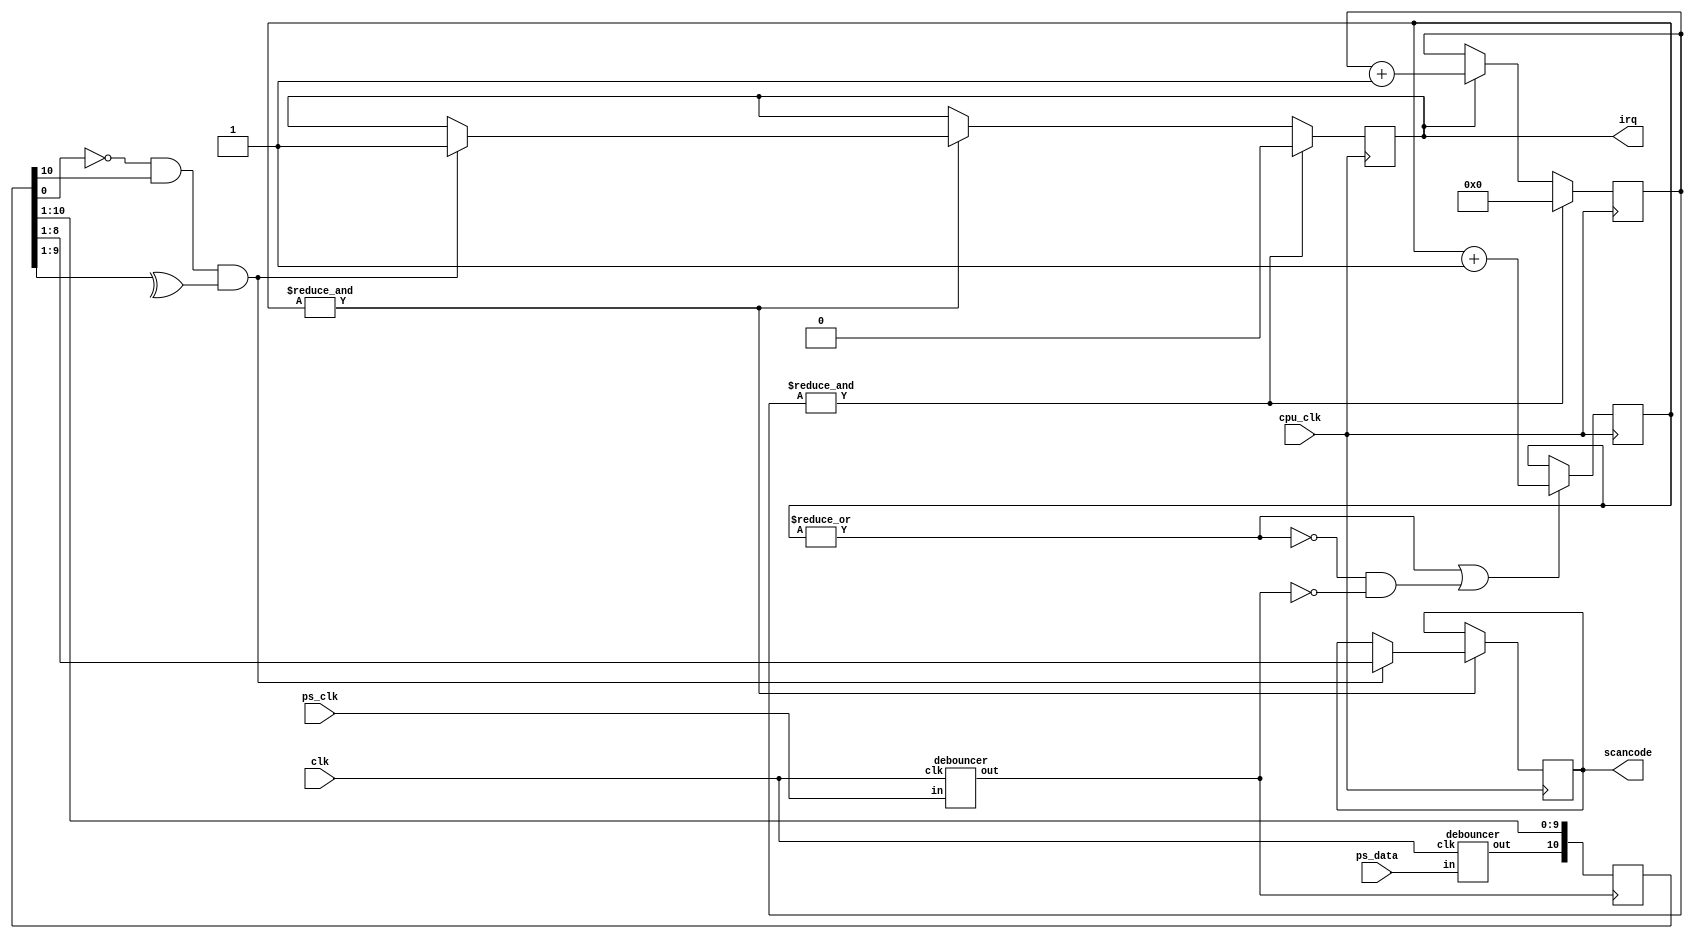
module ps_keyboard (
    input wire ps_clk,
    input wire ps_data,
    output reg [7:0] scancode,
    input wire clk,
    input wire cpu_clk,
    output reg irq
);

initial irq = 1'b0;
initial scancode = 8'hFF;
reg [3:0] bit = 4'b0;
reg [10:0] code_shift;
 
wire db_clk;
wire db_dat;
debouncer clkdb(clk, ps_clk, db_clk);
debouncer datdb(clk, ps_data, db_dat);

always @(negedge db_clk) begin
    code_shift = {db_dat, code_shift[10:1]};
end

wire frame_valid = (~code_shift[0] & code_shift[10] & (^code_shift[9:1]));

// ~800 us -> 20ns*40000 -> 15b / 1us*800 -> 10b
reg [9:0] frame_time;
reg [3:0] irq_time;
always @(posedge cpu_clk) begin
    if(|frame_time || (~(|frame_time) && db_clk == 1'b0))
        frame_time <= frame_time + 10'b1;

    if(&frame_time)
        if(frame_valid) begin
            scancode <= code_shift[9:1];
            irq <= 1'b1;
        end

    if(irq)
        irq_time <= irq_time + 4'b1;

    if(&irq_time) begin
        irq_time <= 4'b0;
        irq <= 1'b0;
    end
end

endmodule

module debouncer (
    input wire clk,
    input wire in,
    output reg out
);
initial out = 1'b0;

// clock syncing
reg in_sync_0;  always @(posedge clk) in_sync_0 <= in;
reg in_sync_1;  always @(posedge clk) in_sync_1 <= in_sync_0;
//assign out = in_sync_1;
// debouncing
reg [3:0] state_time = 4'b0;
always @(posedge clk) begin
    if(in_sync_1 != out) begin
        state_time <= state_time + 4'b1;
        if(&state_time)
            out <= ~out;
    end else
        state_time <= 4'b0;
end

endmodule